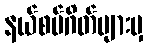
နယ်စပ်ဂိတ်များမှ